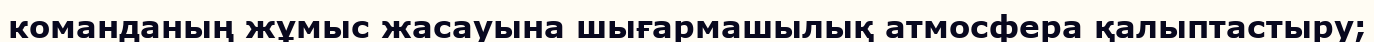
команданың жұмыс жасауына шығармашылық атмосфера қалыптастыру;